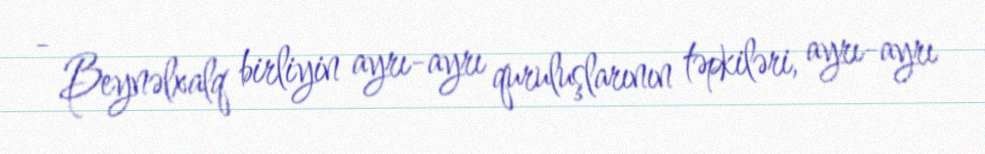
- Beynəlxalq birliyin ayrı-ayrı quruluşlarının təpkiləri, ayrı-ayrı